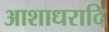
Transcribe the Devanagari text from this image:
आशाधरादि